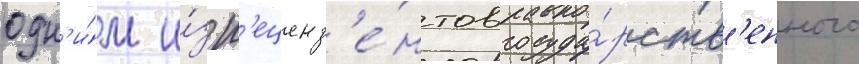
одн'и́м и́з р'еценз'е́нтов госуда́рств'енного